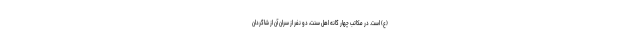
(ع) است. در مکاتب چهار گانه اهل سنت، دو نفر از سران آن از شاگردان